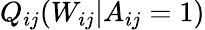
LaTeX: Q_{ij}(W_{ij}|A_{ij}=1)